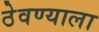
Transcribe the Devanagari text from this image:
ठेवण्याला